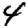
Digit: 4